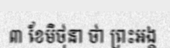
៣ ខែមិថុនា ថា ព្រះអង្គ